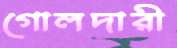
গোলদারী